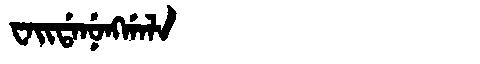
Manchu: ᠸᠠᡳᡩᠠᠨᡠᠩᡤᠠᠯᠠ
Romanization: WAIDANUNGGALA